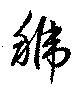
號